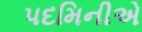
પદમિનીએ